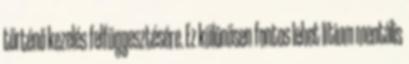
történő kezelés felfüggesztésére. Ez különösen fontos lehet lítium mentális